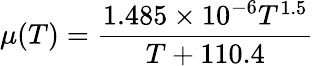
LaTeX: \mu(T)=\frac{1.485\times 10^{-6}T^{1.5}}{T+110.4}